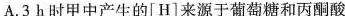
A.3h时甲中产生的[H]来源于葡萄糖和丙酮酸